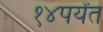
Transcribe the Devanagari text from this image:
१४पर्यंत